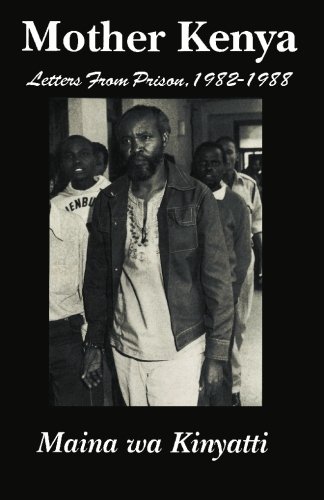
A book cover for Mother Kenya: Letters from Prison, 1982-1988; Maina wa Kinyatti; Crafts, Hobbies & Home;